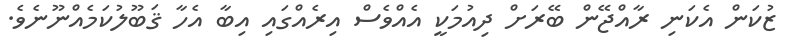
ޒުކަން އެކަނި ރާއްޖޭން ބޭރަށް ދިއުމަކީ އެއްވެސް އިރެއްގައި އިބާ އެހާ ޤަބޫލުކަމެއްނޫނެވެ.